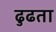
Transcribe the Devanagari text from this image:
ढुढता